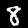
Digit: 8